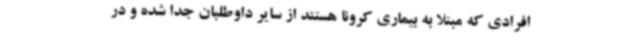
افرادی که مبتلا به بیماری کرونا هستند از سایر داوطلبان جدا شده و در